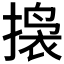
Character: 𫽲